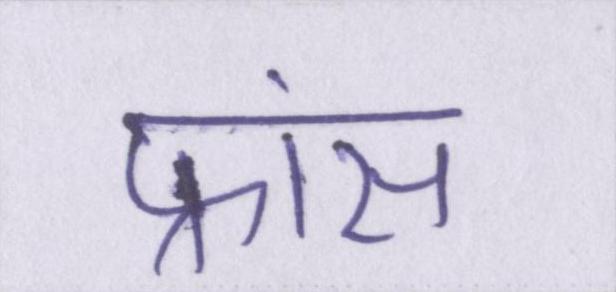
फ्रांस